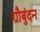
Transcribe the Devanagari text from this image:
ग्रौबुंदन